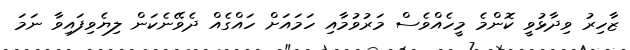
ޒާހިރު ވިދާޅުވީ ކޮންމެ މީހެއްވެސް މަރުވުމާއި ހަމައަށް ހައްގެއް ދެވޭނެކަން ލިޔެވިފައިވާ ނަމަ